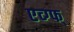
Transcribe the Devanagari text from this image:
एव्ग्फ्